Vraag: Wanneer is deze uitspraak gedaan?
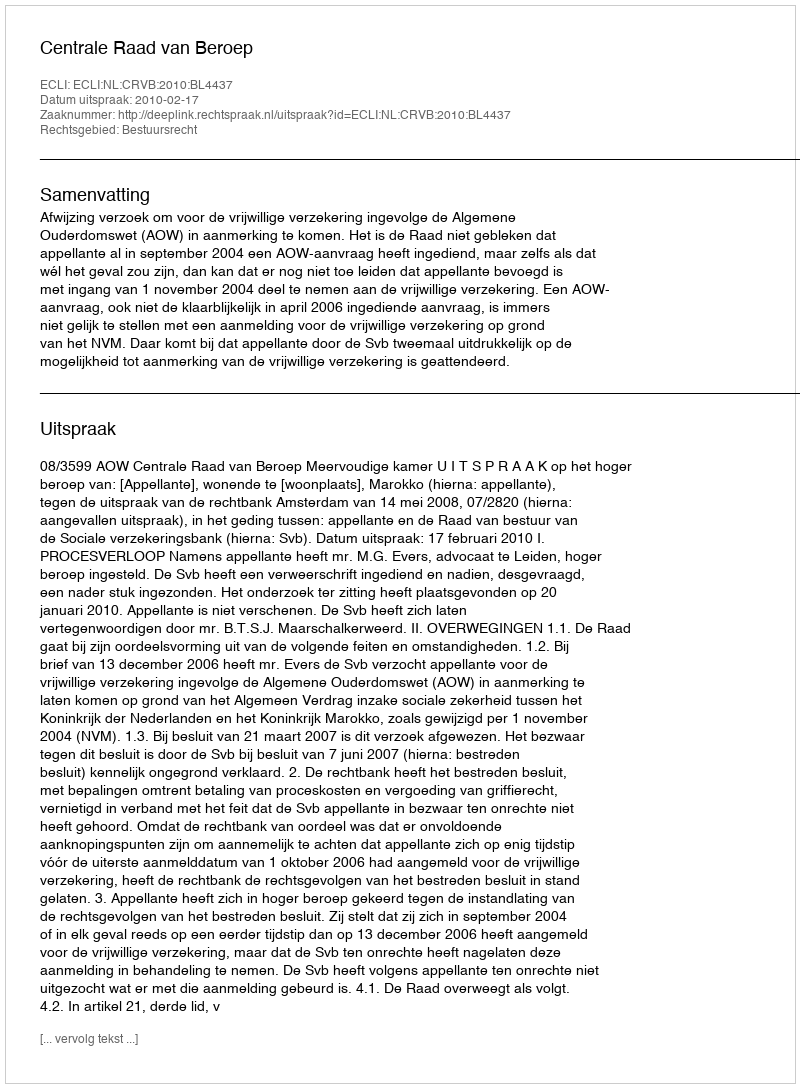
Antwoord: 2010-02-17